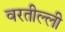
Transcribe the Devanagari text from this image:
वरतील्ली